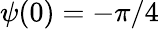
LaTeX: \psi(0)=-\pi/4